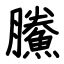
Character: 鰧